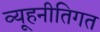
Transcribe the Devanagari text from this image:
व्यूहनीतिगत